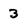
Character: 3